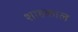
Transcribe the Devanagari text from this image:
शाहकाल